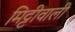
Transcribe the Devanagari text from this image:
मिट्टीवाली